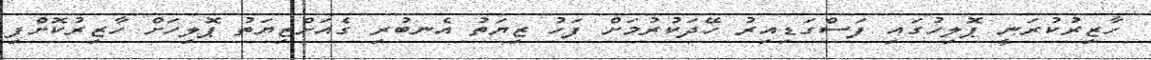
ހާޒިރުކުރަނީ ޕޮލިހުގައި ފަސްގަޑިއިރު ހޭދަކުރުމަށް ފަހު ޒިޔަތު އެނބުރި ގެއަށްޒިޔަތުު ޕޮލިހަށް ހާޒިރުކޮށްފި